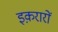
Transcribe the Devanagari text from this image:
इक़रारों